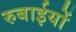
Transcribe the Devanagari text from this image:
रुबाईयों